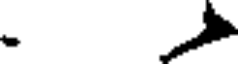
.